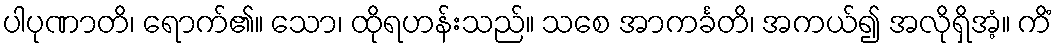
ပါပုဏာတိ၊ ရောက်၏။ သော၊ ထိုရဟန်းသည်။ သစေ အာကင်္ခတိ၊ အကယ်၍ အလိုရှိအံ့။ ကိံ